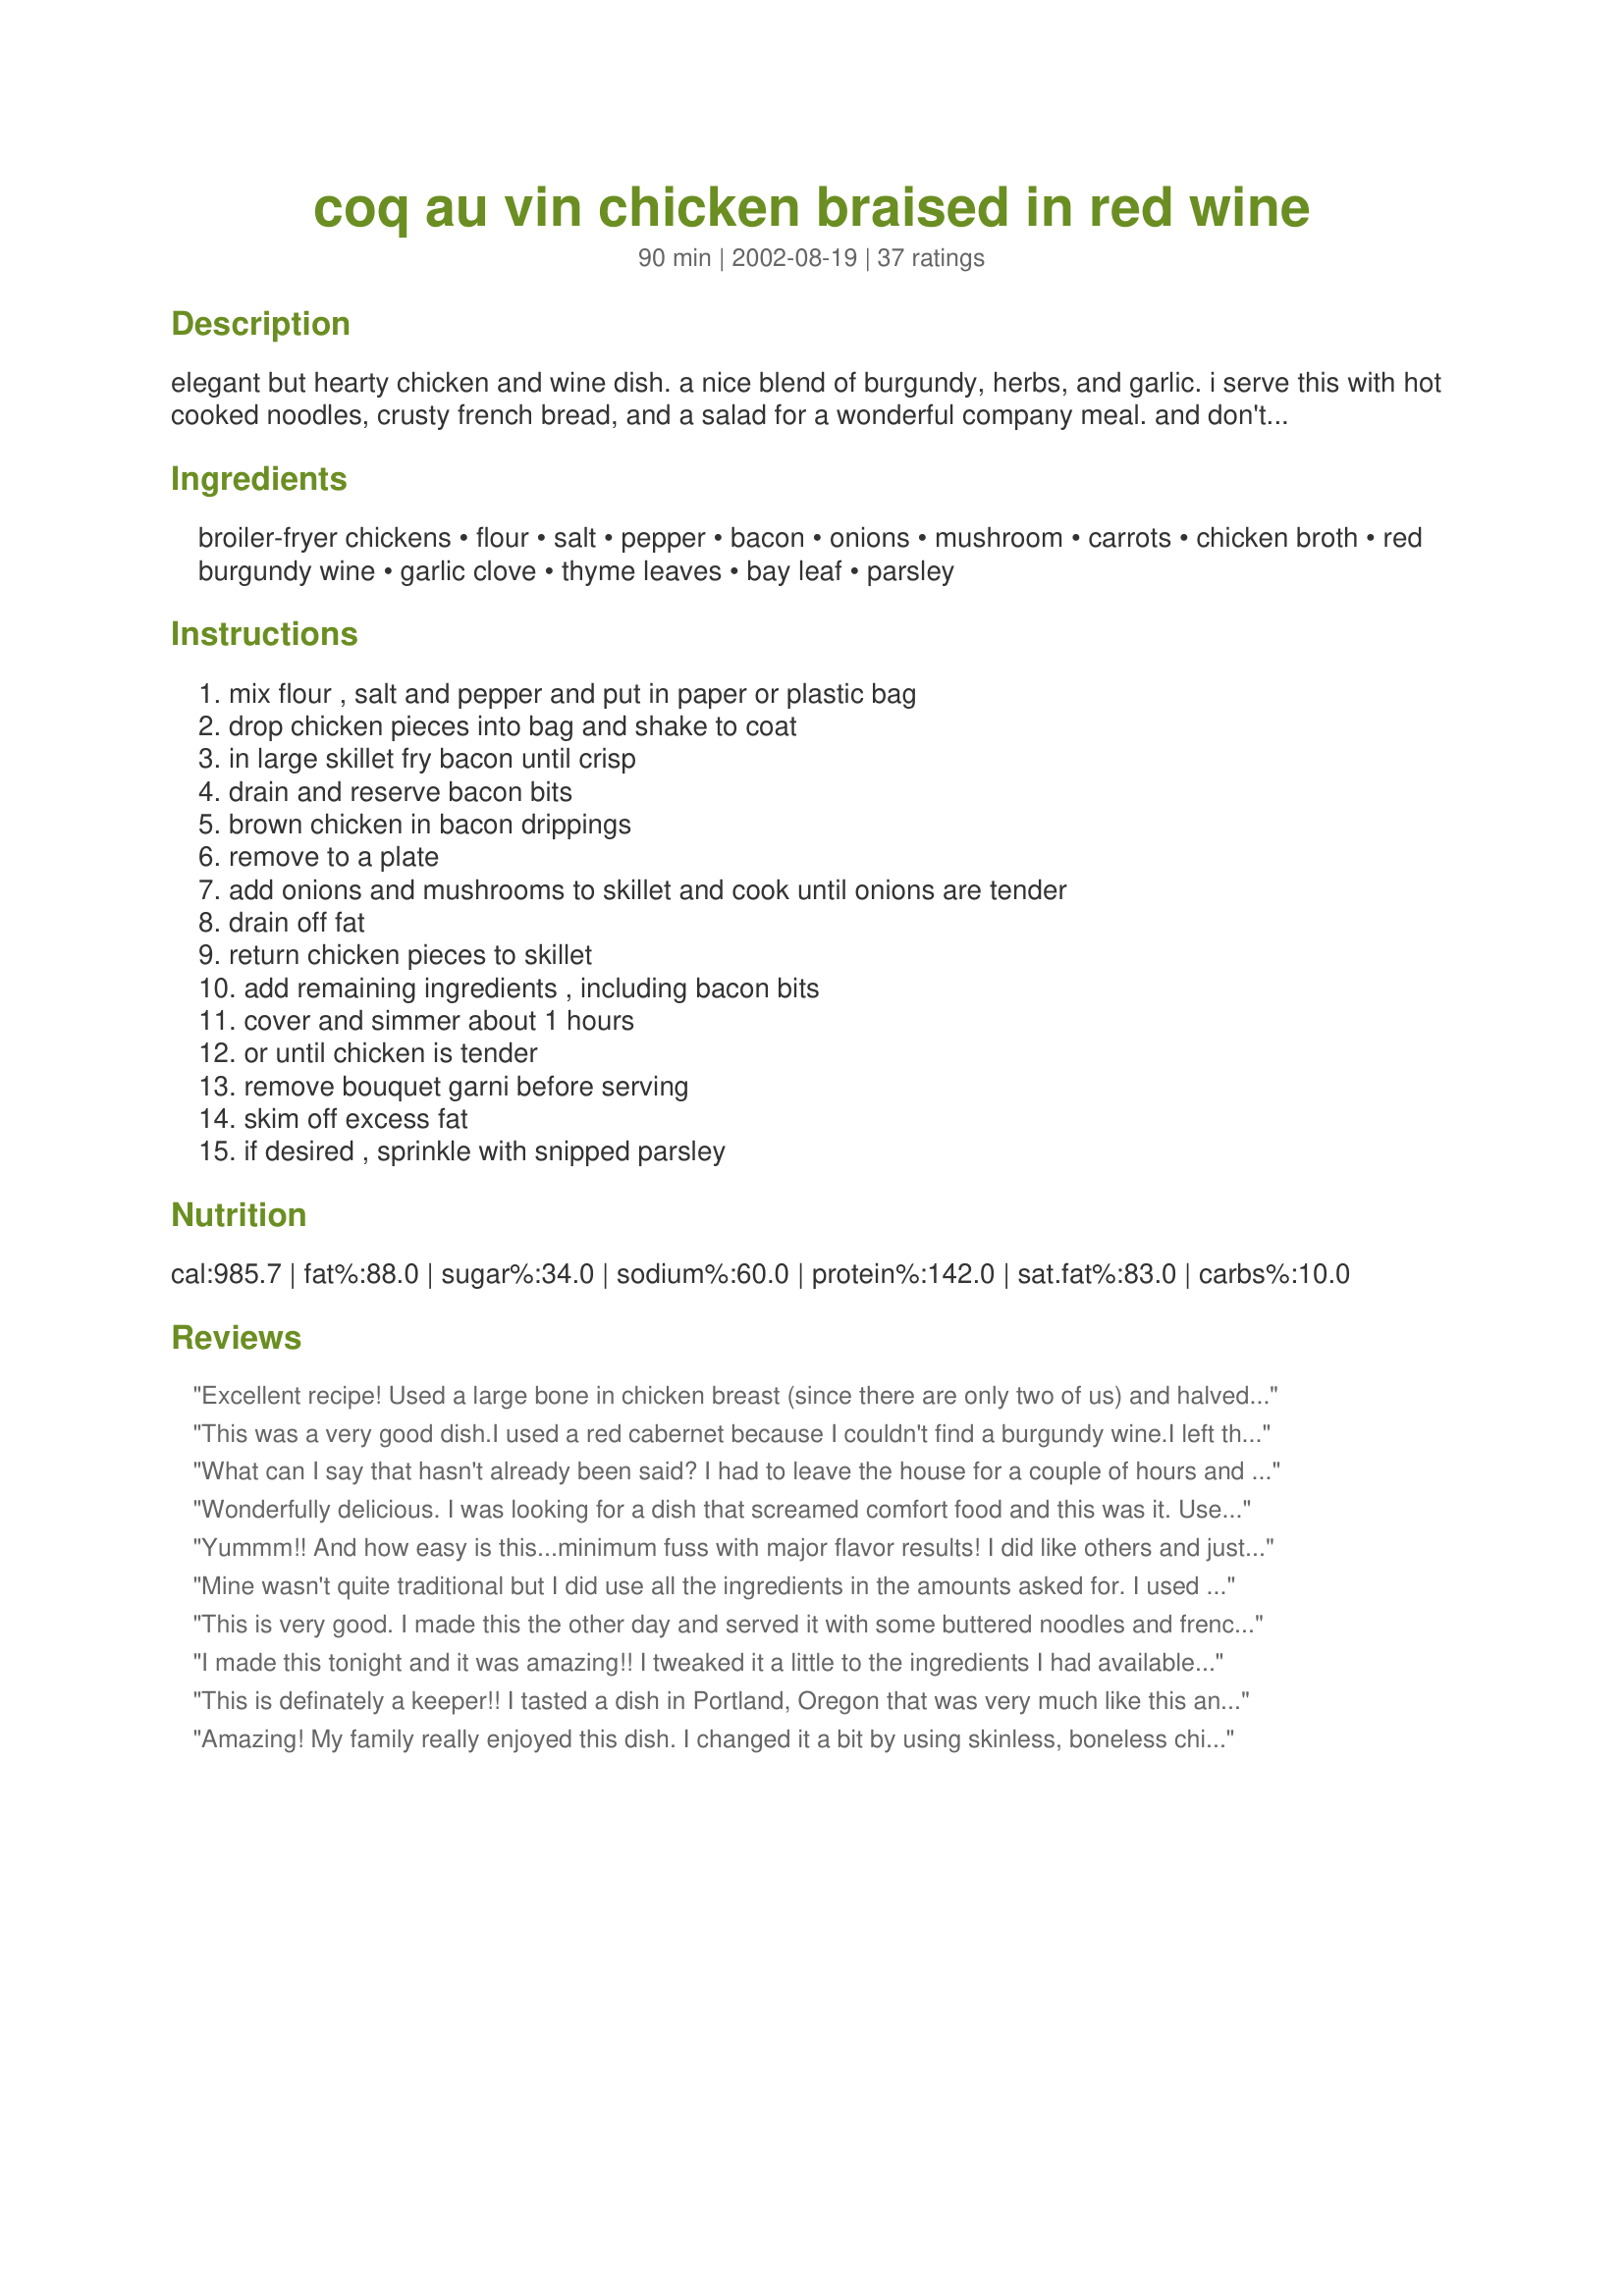
coq au vin chicken braised in red wine
Preparation time: 90 minutes

elegant but hearty chicken and wine dish. a nice blend of burgundy, herbs, and garlic. i serve this with hot cooked noodles, crusty french bread, and a salad for a wonderful company meal. and don't forget the wine!

Ingredients:
broiler-fryer chickens, flour, salt, pepper, bacon, onions, mushroom, carrots, chicken broth, red burgundy wine, garlic clove, thyme leaves, bay leaf, parsley

Steps:
mix flour , salt and pepper and put in paper or plastic bag, drop chicken pieces into bag and shake to coat, in large skillet fry bacon until crisp, drain and reserve bacon bits, brown chicken in bacon drippings, remove to a plate, add onions and mushrooms to skillet and cook until onions are tender, drain off fat, return chicken pieces to skillet, add remaining ingredients , including bacon bits, cover and simmer about 1 hours, or until chicken is tender, remove bouquet garni before serving, skim off excess fat, if desired , sprinkle with snipped parsley

Reviews:
Excellent recipe! Used a large bone in chicken breast (since there are only two of us) and halved the other ingredients. True comfort food! Served with mashed potatoes and green salad. Potatoes absorbed the yummy sauce.
This was a very good dish.I used a red cabernet because I couldn't find a burgundy wine.I left the skin on the chicken, but I will definately take it off next time because there was a slightly greasy taste after the dish was finished.I didn't have any small onions so I cut two medium onions into eighths and used two cloves of garlic instead of one.
What can I say that hasn't already been said? I had to leave the house for a couple of hours and didn't feel comfortable leaving the chicken to simmer alone on a gas range. So, after I browned the bacon, chicken and veggies, I threw them and the remaining ingredients into the crockpot on high. Everything came out so beautifully! My FIL came to dinner and was blown away by the meal! I served this with Mimi Bobeck's Roasted Garlic Mashed Potatoes (Recipe # 68159). Dessert was Mean Chef's Dutch Babies (Recipe # 45609) filled with Dorel's Blueberry Filling for Pies (Recipe # 100281) and Cool Whip. Thanks for submitting a recipe that allowed me to serve a truly fabulous meal!
Wonderfully delicious. I was looking for a dish that screamed comfort food and this was it. Used a red wine blend instead of burgundy because it was what I had on hand and it was great. Thanks so much.
Yummm!! And how easy is this...minimum fuss with major flavor results! I did like others and just cut up 2 large onions into chunks. The second time I made it, I upped the garlic to 3 cloves. I also added about 2 Tablespoons of tomato paste after I sauteed the onions and shrooms. This is my new go-to recipe for Coq Au Vin. Thank you for this wonderful recipe papergoddess!
Mine wasn't quite traditional but I did use all the ingredients in the amounts asked for. I used boneless skinless breasts and thigns. I cut them into chunks and floured them before browning. I think because there was alot more meat to cover my stew was thicker than it should have been from the extra flour, but it was just fine with us. I used dry herbs as impatient me just does NOT have time to mess with a bouquet garni. I served this over egg noodles. The flavor only intensified with sitting. Leftovers the next day were even more flavorful! Thanks for sharing this wonderful recipe.
This is very good. I made this the other day and served it with some buttered noodles and french bread. I subbed in some pearl onions for the onions but otherwise followed the directions exactly. Its really easy to make too. Thank you for sharing this with us.
I made this tonight and it was amazing!! I tweaked it a little to the ingredients I had available. EVOO instead of bacon, no onions or mushrooms so I used extra garlic, and I used baby carrots.
I also added dried herbs directly to the sauce instead of bouquet garni and it was still fantastic! I will make this again. Served with mashed potatoes with sauce drizzled over and broccoli. Delicious! Can't wait to eat leftovers!
This is definately a keeper!! I tasted a dish in Portland, Oregon that was very much like this and I've looked for something simular for a long time. I finally found it!!! My husband was afraid to try it because he didn't like the name...lol. . After he tasted it he totally changed his mind. I plan to make this for my whole grown up family next time everyone's home. I'm positive they will be impressed :) Thanks so much for sharing this.
Amazing! My family really enjoyed this dish. I changed it a bit by using skinless, boneless chicken breasts and browning the chicken in EVOO. I added real bacon bits later on, during simmering, for flavor. I doubled the sauce and served over noodles to rave reviews. What a wonderfully simple recipe! Easy prep, beautiful presentation. Thank you for sharing this recipe!
We had this for a dinner party last night. It was a lot of work to put it together, so I am glad that it turned out so great. I thought the flavor was just wonderful. I bought a pack of thighs and a pack of boneless skinless breasts. I served it with rustic, skin on, mashed potatoes and garlic bread. Great recipe, I will make it again!
This was so elegant and delicious! I used skin-on, bone-in chicken thighs and replaced the bacon with pancetta (it's what I had on hand). I thought I was making enough to last the weekend, but my boyfriend and I finished it off in one sitting. Thank you!
This is by far the best Coq au vin recipe I&#039;ve tried. The only things I did differently were to use 6 chicken thighs with skin, doubled the flour, salt &amp; pepper so there was enough, tied the herbs in a straining cloth (adding herbs de Provence, 2 tsp). I couldn&#039;t find pearl onions so I substituted Mexican bulb onions and added the stalks cut in bite sized pieces and saute&#039;d with the garlic. As another recipe had suggested, I added about 1/4 cup butter to the bacon fat.&lt;br/&gt;&lt;br/&gt;I used about 8 large fresh mushrooms - trust me, you want more mushrooms, they are DELICIOUS! And of course 8 cloves garlic. &lt;br/&gt;&lt;br/&gt;I saute&#039;d everything in a large cast iron pan as the recipe calls for and then transferred everything to a large lasagna pan, adding the wine and broth (made with Better than Bullion organic). I am going to have the left overs for lunch. My favorite new recipe!!! Thank you!!!
Excellent flavor and tender chicken! I used boneless, skinless breasts and pounded them flat. Like others I also cut my large onion into big chunks. I did cheat by using a small can of sliced carrots and adding them at the end to warm through. I thickened the wonderful sauce with a corn starch and water slurry so we could have it over our grits. Thank you for sharing!
Delicious! DH said it was his new favorite way to cook chicken. Pretty easy and such a reward - mmmm! I must admit that I was lazy about the Bouquet Garni and just put the herbs straight into the sauce without containing them (just pulled out the bay leaves before serving). Worked just fine.<br/>Thanks for posting this recipe!
Wonderful as written (which I try to do the first time so I can accurately review it.) The second time I made it, I omitted the bacon, used a full bottle of wine and added green beans. I cooked it down longer as it had more liquid and I waited until it was near the end to check the salt. We like it best this way, but made according to recipe is a good way to start and very delicious. This recipe is my go to for guests.
Thanks for the recipe, but I was unfortunately a bit disappointed :( I followed the directions to the T and didn't sub anything--and while yes, the chicken did fall off the bone, the sauce was indeed pretty thin and wasn't all that flavorful. Perhaps my expectations were a bit high--I mean it was good enough, but I don't think I'll be making this again. Thanks anyhow!
Fabulous! I used skinless, boneless chicken thighs that I browned in canola oil and turkey bacon that I cooked in the microwave and broke into bits; otherwise followed the recipe. I finished off in the oven and served over mashed potatoes. What a yummy comfort food.
I used up some chicken legs that were leftover from a barbecue (they were uncooked). This turned out really good and was not difficult to prepare. Thanks for sharing.
Recipe very successful; easy to follow and meal enjoyed by everyone. Thank you.
This was my first experience with Coq Au Vin. I have never made or tasted it before now. I substitued 2 T dried parsley for the fresh, and made sure to remove the bay leaf before serving. Delicious! My husband and son both said they'd like this for dinner more often. I agree, this recipe is a real winner; very satisifying!
I substituted wild duck in this yesterday, served it over mixed rices and it was incredible!!
Coming from the U.k this is a popular meal. Have not cooked it for almost 4 years. It was 4 years too long, this was yummy.
I used chicken thighs and dried herbs and also put the flour in a bowl and dipped the chicken in as I find you get a more even coating. I also left the mushrooms whole (removed the stalks) as it improves the look. Thank you its a keeper.
This is a keeper!
delicious and easy to make.
Cooked twice in two months and look forward to having it again.
Wonderful! I made this exactly as per the instructions, other than substituting chicken breasts for the broiler-fryer chicken. The meat was tender and flavourful.
Fred's made this for us several times now -- delicious!
This was so easy to make yet had a gourmet flare to it. The wine really adds a wonderful flavour to the dish. I used skinless chicken breasts and approx 1 cup of chopped shallots instead of onions. I cooked this dish in my skillet and the chicken was very succulent. Thank you Papergodess for an outstanding recipe. I will be making this one a lot.
that was super good .. restaurant type of meal ... thanks
Omigosh, was this great! Made it almost exactly as written, but had to make a few substitutions since I'd underestimated what I had in the house. Didn't have small onions, so took one large one and cut it into eighths, couldn't find my cheesecloth (or I don't have any - I'm still looking!), so just put the herbs in with the broth and wine and just discarded the bay leaf, and only had lowfat bacon, which made for scant drippings, but it all still worked out beautifully. The taste was delicious, the chicken was moist, and soaked up the juice/broth/wine, which is good, since we also didn't have any bread, either! We'll have the leftovers for dinner tonight (gonna get some bread this time), and I can hardly wait. You guys have GOT to try this - it is PERFECT for company, since you can get it cooking before guests arrive, clean up your kitchen (minimal mess, too, I might add), and just wait for the magic to happen. DH and I didn't speak for the first few bites - just made little whimpering noises (for us, this translates into "too good for words", and it was!). This is going into my cookbook immediately and I'll be making this often during the holidays and through the winter. I know I'm raving, but it's worth it - this dish is just superb!
Wow, this was so good!! I made exactly as written except that I had to use quartered onions instead of small ones. I will definitely be making this many more times.
This turned out wonderfully! The chicken meat was falling off the bones. We served this over buttered egg noodles for guests. It was very delicious.
The meal was tasty, but there was a grease film on top. The sauce needed lots of cornstarch to thicken up to cover noodles.
Simply amazing!! this took me forever to make, though, because I had a hard time getting my chicken pieces to brown--and it had to be done in 2 batches because my pan was not big enough to brown all at once (and it really was a pretty big pan!). next time i would brown all at once using 2 huge pans to save time. next time i would also let my chicken dry out in the fridge prior to browning. lastly, we really wanted there to be more sauce and onions. i ended up making a second batch of the sauce/onions for leftovers, as we were out by the time we ate half the dish. my alterations due to ingredients on hand: i used dried herbs in a bag for the bouquet garni; i used 1 lb of frozen pearl onions instead of 6 small onions (I would not do this again because they practically melted away); i also used 4 cloves garlic just because we love garlic. i wll absolutely make this again; the flavor was amazing. it's perfect for company too!
This recipe produces chicken that falls off the bone and onions that melt in your mouth. The flavors blend wonderfully. The only quibble is that the sauce is very thin. Other than that, this is an amazing meal.
We loved the sauce and I loved that the chicken didn't have to marinate over night. Thanks for posting
